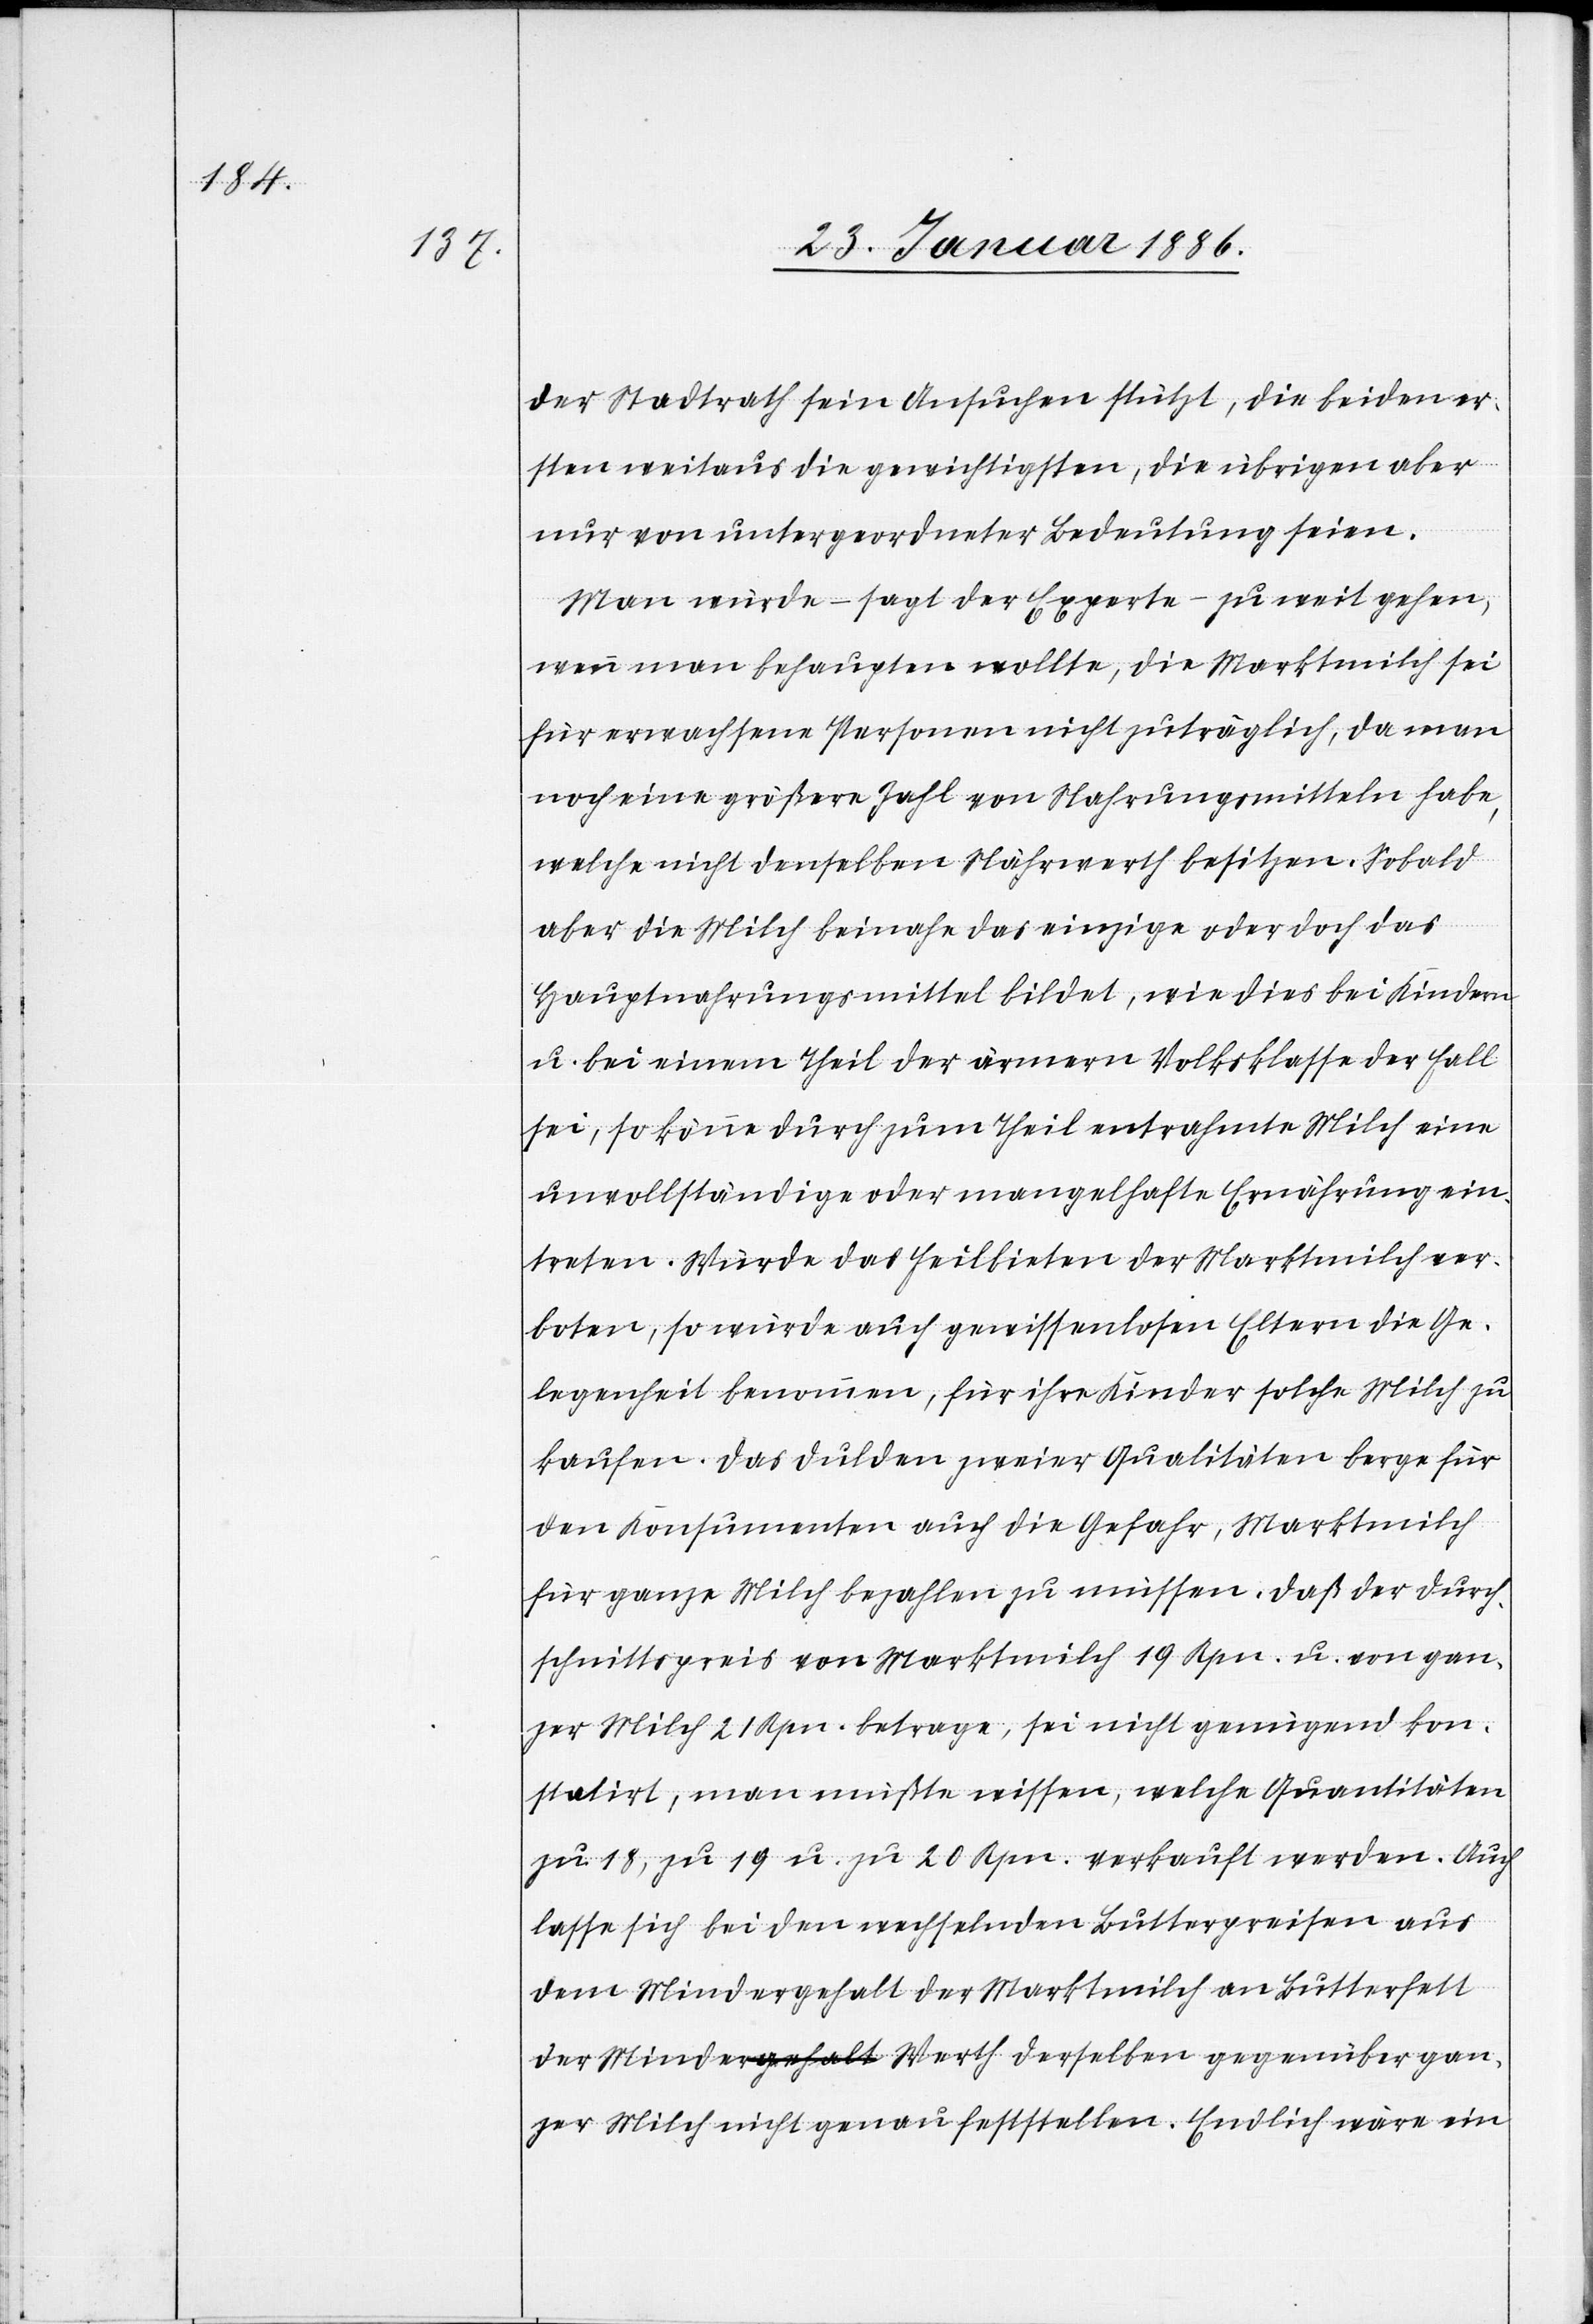
der Stadtrath sein Ansuchen stützt, die beiden er¬
sten weitaus die gewichtigsten, die übrigen aber
nur von untergeordneter Bedeutung seien.
Man würde – sagt der Experte – zu weit gehen,
wenn man behaupten wollte, die Marktmilch sei
für erwachsene Personen nicht zuträglich, da man
noch eine größere Zahl von Nahrungsmitteln habe,
welche nicht denselben Nährwerth besitzen. Sobald
aber die Milch beinahe das einzige oder doch das
Hauptnahrungsmittel bildet, wie dies bei Kindern
u. bei einem Theil der ärmern Volksklasse der Fall
sei, so könne durch zum Theil entrahmte Milch eine
unvollständige oder mangelhafte Ernährung ein¬
treten. Würde das Feilbieten der Marktmilch ver¬
boten, so würde auch gewissenlosen Eltern die Ge¬
legenheit benommen, für ihre Kinder solche Milch zu
kaufen. Das Dulden zweier Qualitäten berge für
den Konsumenten auch die Gefahr, Marktmilch
für ganze Milch bezahlen zu müssen. Daß der Durch¬
schnittspreis von Marktmilch 19 Rpn. u. von gan¬
zer Milch 21 Rpn. betrage, sei nicht genügend kon¬
statirt, man müßte wissen, welche Quantitäten
zu 18, zu 19 u. zu 20 Rpn. verkauft werden. Auch
lasse sich bei den wechselnden Butterpreisen aus
dem Mindergehalt der Marktmilch an Butterfett
der Minderwerth derselben gegenüber gan¬
zer Milch nicht genau feststellen. Endlich wäre ein